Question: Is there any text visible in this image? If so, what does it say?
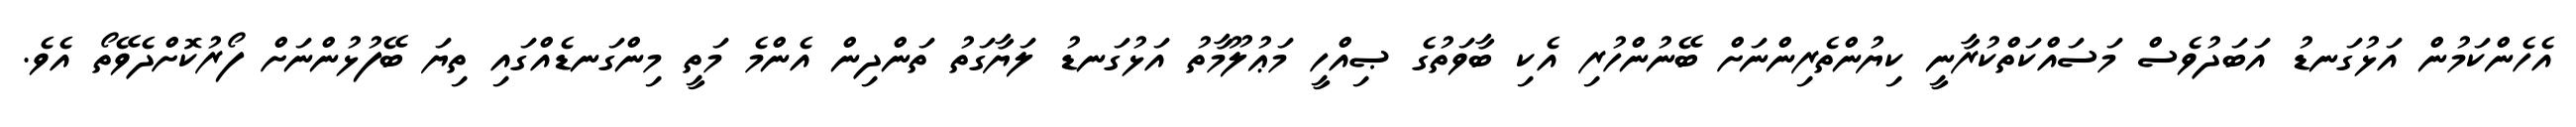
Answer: އެހެންކަމުން އަޅުގަނޑު އަބަދުވެސް މަސައްކަތްކުރާނީ ކިޔުންތެރިންނަށް ބޭނުންހުރި އެކި ބާވަތުގެ ޞިއްހީ މަޢުލޫމާތު އަޅުގަނޑު ލަޔާގަތު ތަންދިން އެންމެ މަތީ މިންގަނޑެއްގައި ތިޔަ ބޭފުޅުންނަށް ފޯރުކޮށްދެވޭތޯ އެވެ.